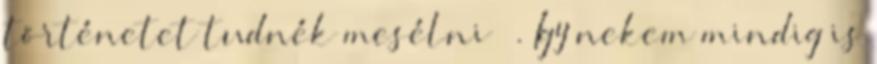
történetet tudnék mesélni 🙂 . Így nekem mindig is